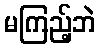
မကြည့်ဘဲ